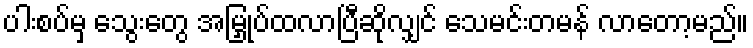
ပါးစပ်မှ သွေးတွေ အမြှုပ်ထလာပြီဆိုလျှင် သေမင်းတမန် လာတော့မည်။